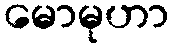
မောမုဟာ